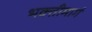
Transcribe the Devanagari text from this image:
भक्तीमार्ग